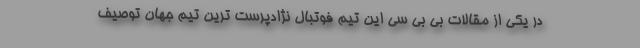
در یکی از مقالات بی بی سی این تیم فوتبال نژادپرست ترین تیم جهان توصیف